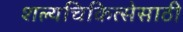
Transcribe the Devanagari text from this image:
शल्यचिकित्सेसाठी